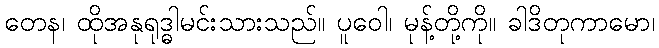
တေန၊ ထိုအနုရုဒ္ဓါမင်းသားသည်။ ပူဝေါ၊ မုန့်တို့ကို။ ခါဒိတုကာမော၊